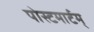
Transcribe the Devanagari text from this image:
पोस्टमार्टम्‌